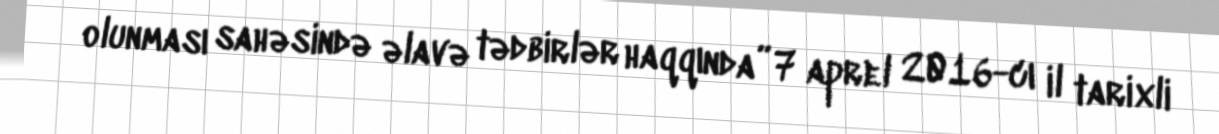
olunması sahəsində əlavə tədbirlər haqqında” 7 aprel 2016-cı il tarixli